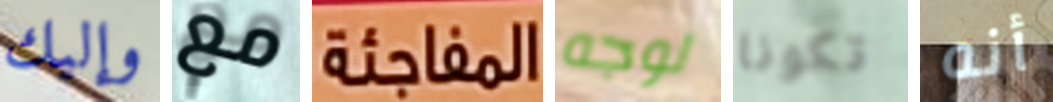
وإليك مع المفاجئة لوجه تكونا أنه